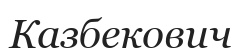
Казбекович